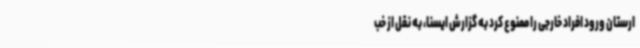
ارستان ورود افراد خارجی را ممنوع کرد به گزارش ایسنا، به نقل از خب